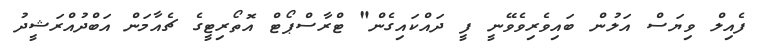
ފެއިލް ވިޔަސް އަލުން ބައިވެރިވެވޭނީ ފީ ދައްކައިގެން" ޓްރާސްޕޯޓް އޮތޯރިޓީގެ ޗެއާމަން އަބްދުއްރަޝީދު